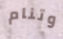
وتنام